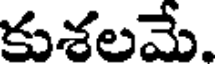
కుశలమే.